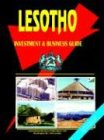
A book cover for Lesotho Investment And Business Guide; Ibp Usa; Travel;